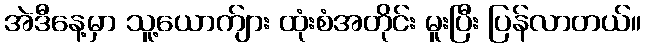
အဲဒီနေ့မှာ သူ့ယောက်ျား ထုံးစံအတိုင်း မူးပြီး ပြန်လာတယ်။